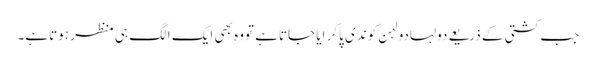
جب کشتی کے ذریعے دولہادولہن کوندی پاکر ایا جاتاہے تووہ بھی ایک الگ ہی منظر ہوتاہے۔